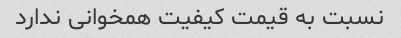
نسبت به قیمت کیفیت همخوانی ندارد